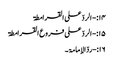
۱۴:- الردّ علی القرامطۃ
۱۵:-الردّ علی فروع القرامطۃ
۱۶:-ردّالإمامۃ۔